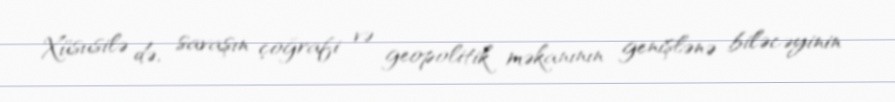
Xüsusilə də, savaşın çoğrafi və geopolitik məkanının genişlənə biləcəyinin